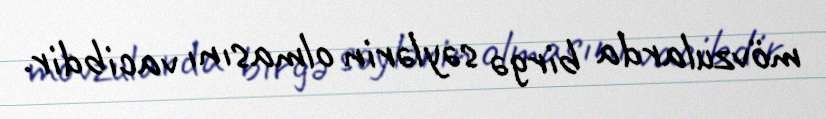
mövzularda birgə səylərin olmasını vacibdir.